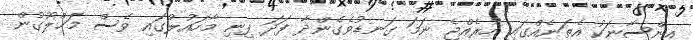
އިންސާނަކު އެތަނެއްގައި ހުރެއްޖެ ނަމަ ގަނޑުވެގެންދާ ފަދަ ފިނި މާހައުލުގައި ވެސް މަޚްލޫގުން